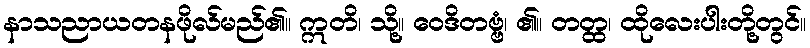
နာသညာယတနဖိုလ်မည်၏။ ဣတိ၊ သို့။ ဝေဒိတဗ္ဗံ၊ ၏။ တတ္ထ၊ ထိုလေးပါးတို့တွင်။